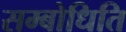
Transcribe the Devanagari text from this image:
सम्बोधिति